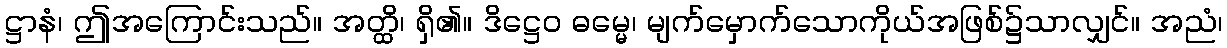
ဋ္ဌာနံ၊ ဤအကြောင်းသည်။ အတ္ထိ၊ ရှိ၏။ ဒိဋ္ဌေဝ ဓမ္မေ၊ မျက်မှောက်သောကိုယ်အဖြစ်၌သာလျှင်။ အညံ၊